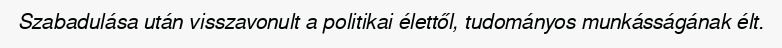
Szabadulása után visszavonult a politikai élettől, tudományos munkásságának élt.